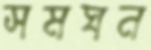
সমঘন